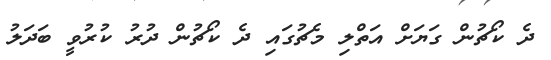
ދެ ކޯޗުން ގަޔަށް އަތްލި މެޗުގައި ދެ ކޯޗުން ދުރު ކުރުވީ ބަދަލު